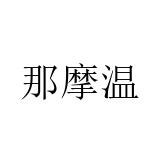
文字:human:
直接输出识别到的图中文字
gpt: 那摩温